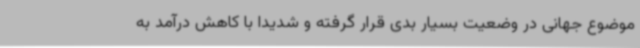
موضوع جهانی در وضعیت بسیار بدی قرار گرفته و شدیدا با کاهش درآمد به